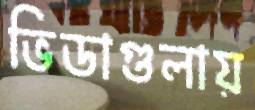
ভিডাগুলায়